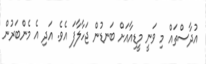
އުދާސްތައް މި ވަނީ މީޑިއާއަށް ބަނޑުން ޖަހާލާފަ އެވެ. އަދި އެ މެންބަރުން